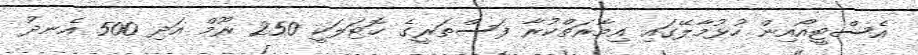
އެސްޓީއޯއިން ހުޅުމާލޭގައި އިމާރަތްކުރާ ފަސްތަރީގެ ހޮޓަލަކީ 250 ރޫމް އަދި 500 އެނދު